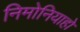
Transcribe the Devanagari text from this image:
निमोनियाहो